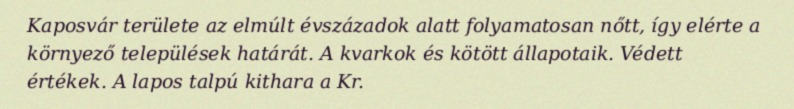
Kaposvár területe az elmúlt évszázadok alatt folyamatosan nőtt, így elérte a környező települések határát. A kvarkok és kötött állapotaik. Védett értékek. A lapos talpú kithara a Kr.